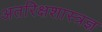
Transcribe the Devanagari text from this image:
अतरिक्षशास्त्रज्ञ